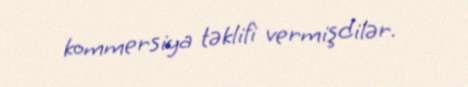
kommersiya təklifi vermişdilər.